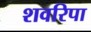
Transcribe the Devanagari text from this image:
शवरिपा